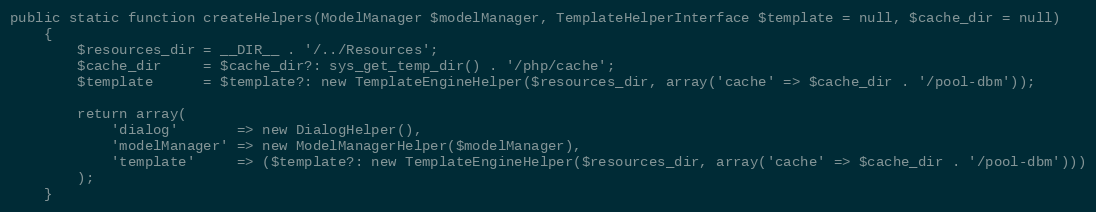
Language: PHP
public static function createHelpers(ModelManager $modelManager, TemplateHelperInterface $template = null, $cache_dir = null)
    {
        $resources_dir = __DIR__ . '/../Resources';
        $cache_dir     = $cache_dir?: sys_get_temp_dir() . '/php/cache';
        $template      = $template?: new TemplateEngineHelper($resources_dir, array('cache' => $cache_dir . '/pool-dbm'));

        return array(
            'dialog'       => new DialogHelper(),
            'modelManager' => new ModelManagerHelper($modelManager),
            'template'     => ($template?: new TemplateEngineHelper($resources_dir, array('cache' => $cache_dir . '/pool-dbm')))
        );
    }